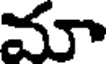
మా